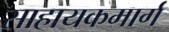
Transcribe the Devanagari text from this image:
साहायकमार्ग